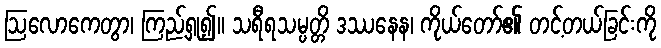
ဩလောကေတွာ၊ ကြည့်ရှု၍။ သရီရသမ္ပတ္တိ ဒဿနေန၊ ကိုယ်တော်၏ တင့်တယ်ခြင်းကို